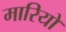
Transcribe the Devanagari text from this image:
मारियों